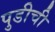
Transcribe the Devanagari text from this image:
पुडीची